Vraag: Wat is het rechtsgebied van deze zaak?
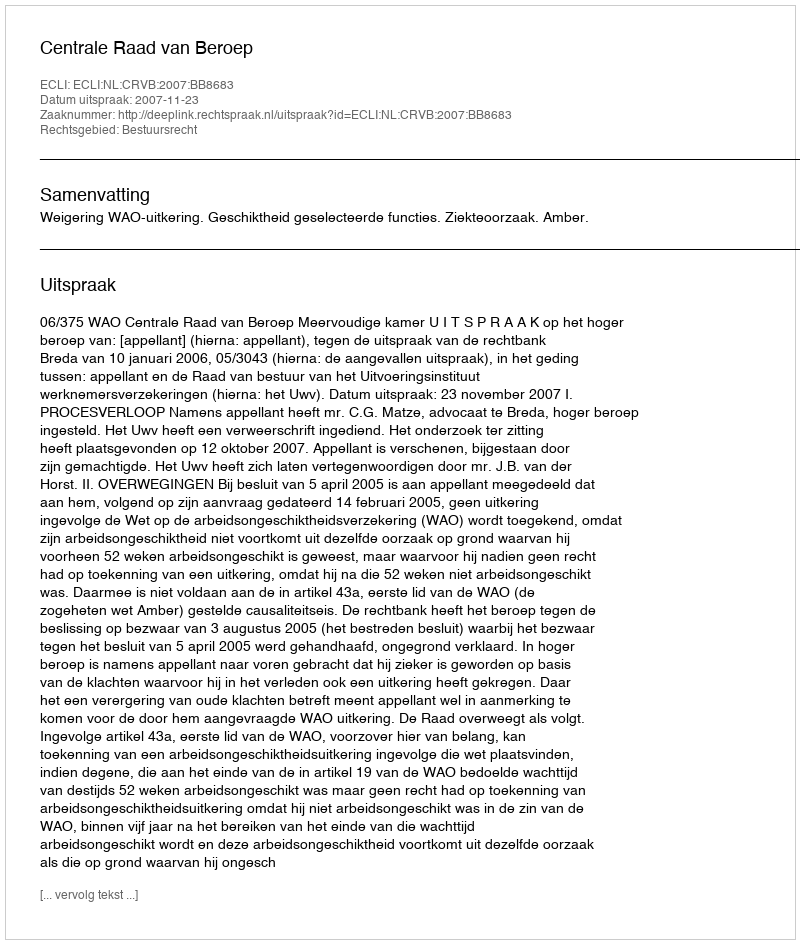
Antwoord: Bestuursrecht